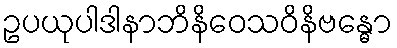
ဥပယုပါဒါနာဘိနိဝေသဝိနိဗန္ဓော